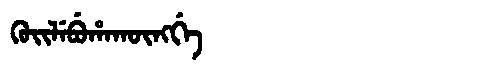
Manchu: ᡴᡠᡳᠯᡝᠪᡠᡥᠠᡴᡡᠩᡤᡝ
Romanization: KUILEBUHAKŪNGGE